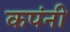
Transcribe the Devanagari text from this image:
कपंनी